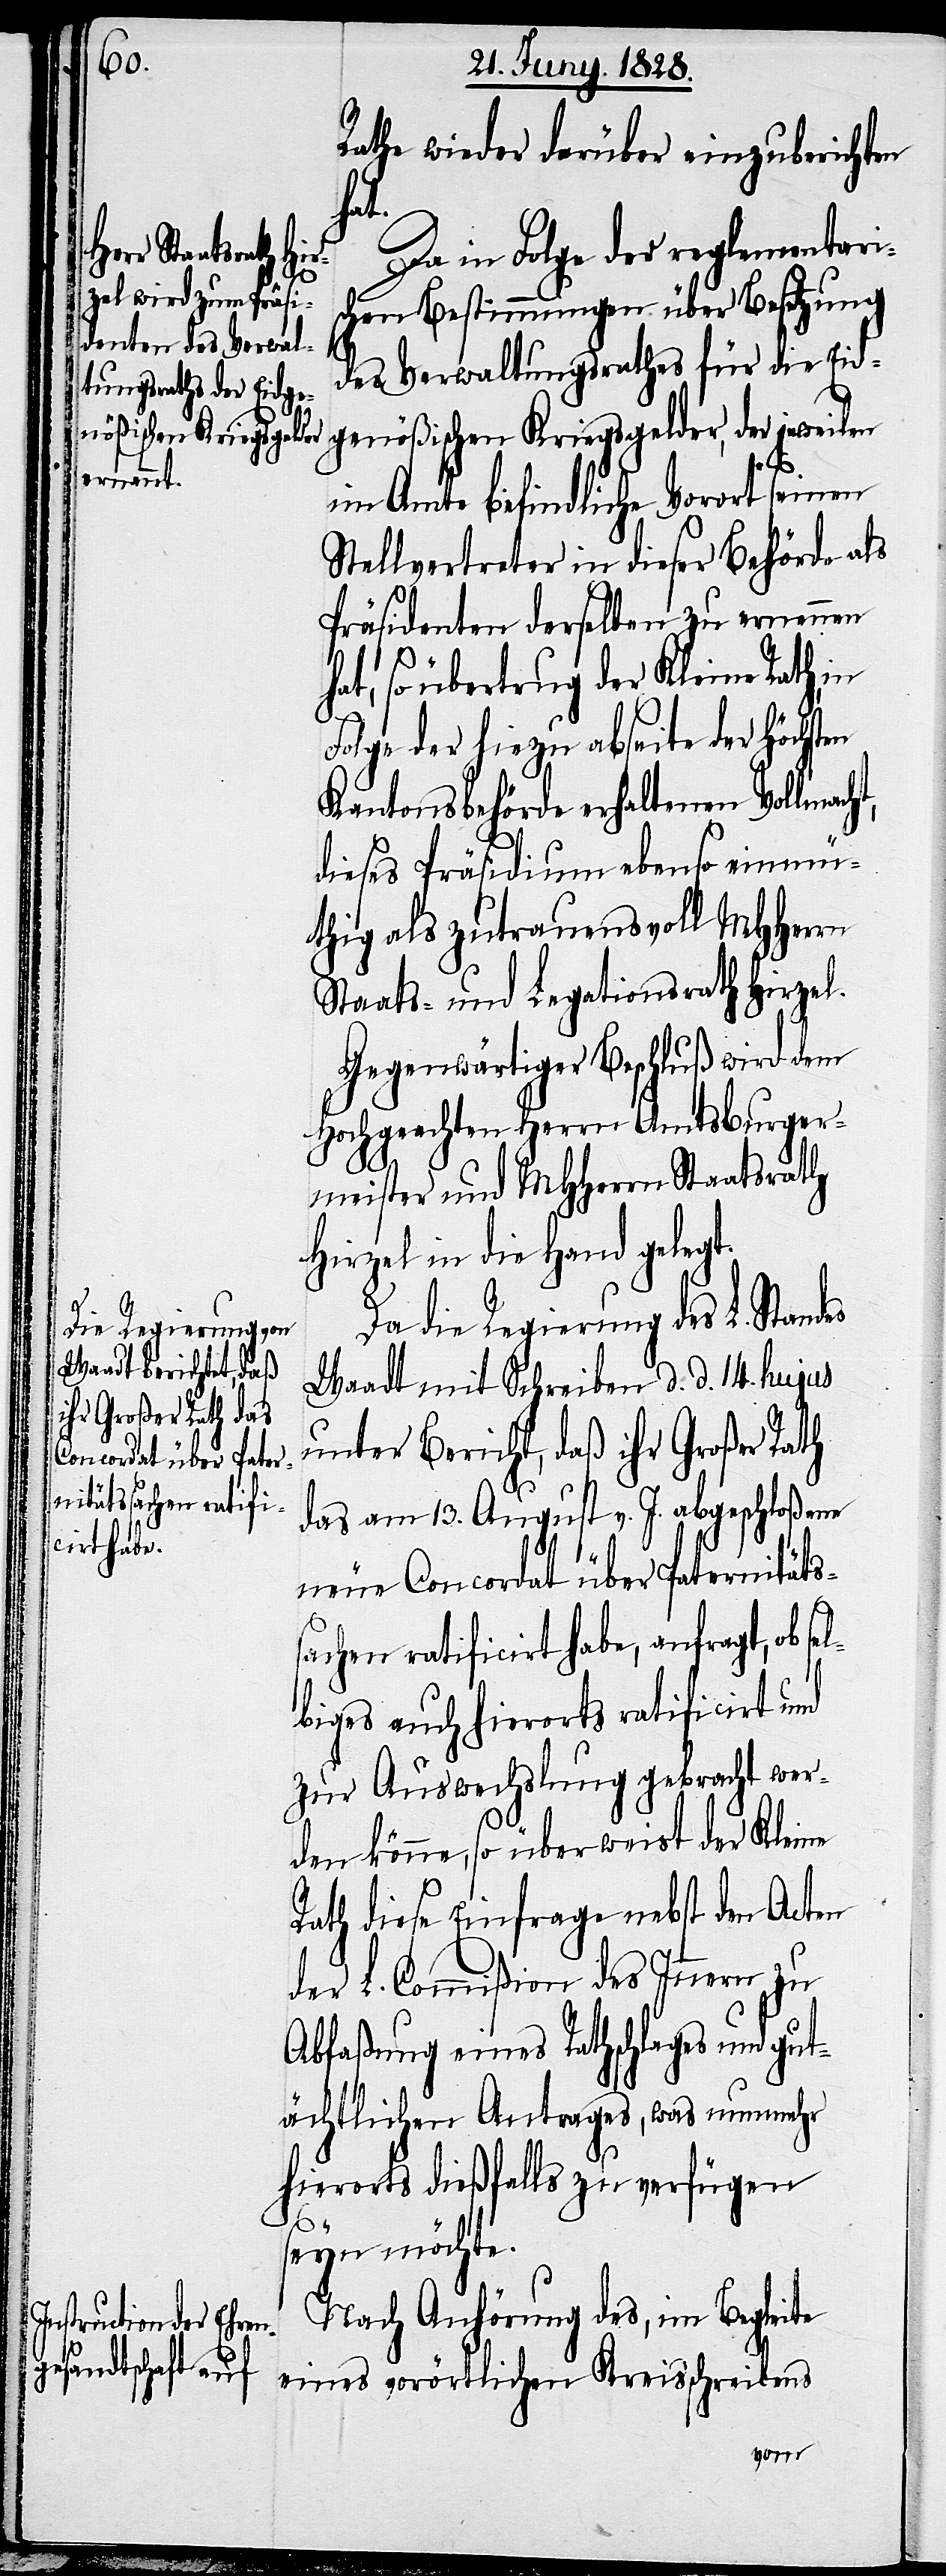
Rathe wieder darüber einzuberichten
hat.
Da in Folge der reglementaris¬
chen Bestimmungen über Besetzung
des Verwaltungsrathes für die Eid¬
genößischen Kriegsgelder, der jeweilen
im Amte befindliche Vorort seinen
Stellvertreter in dieser Behörde als
Präsidenten derselben zu ernennen
hat, so übertrug der Kleine Rath,
Folge der hiezu abseite der Höchst¬
Kantonsbehörde erhaltenen Vollmach¬
dieses Präsidium ebenso einmü¬
thig als zutrauensvoll MHHerrn
Staats- und Legationsrath Hirzel.
Gegenwärtiger Beschluß wird dem
Hochgeachten Herrn Amtsburger¬
meister und MHHerrn Staatsrath
Hirzel in die Hand gelegt.
Da die Regierung des L. Stand¬
Waadt mit Schreiben d. d. 14. hujus
unter Bericht, daß ihr Großer Rath
das am 13. August v. J. abgeschloßene
neue Concordat über Paternitäts¬
sachen ratificirt habe, anfragt, ob se¬
lbiges auch hierorts ratificirt und
zur Auswechslung gebracht wer¬
t,
es
den könne, so überweist der Kleine
Rath diese Einfrage nebst den Acten
der L. Commißion des Innern zu
Abfaßung eines Rathschlages und gut¬
ächtlichen Antrages, was nunmehr
hierorts dießfalls zu verfügen
seyn möchte.
Nach Anhörung des, im Begleite
eines vorörtlichen Kreisschreibens
en